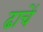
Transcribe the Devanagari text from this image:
ढाचें